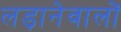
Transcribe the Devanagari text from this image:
लड़ानेवालों